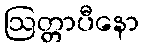
ဩတ္တာပီနော